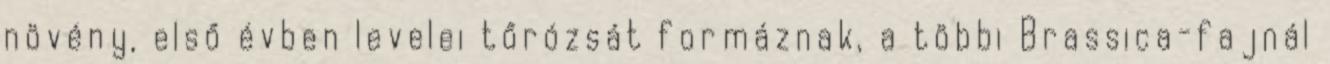
növény, első évben levelei tőrózsát formáznak, a többi Brassica-fajnál